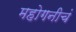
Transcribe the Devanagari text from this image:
महोगनीचं